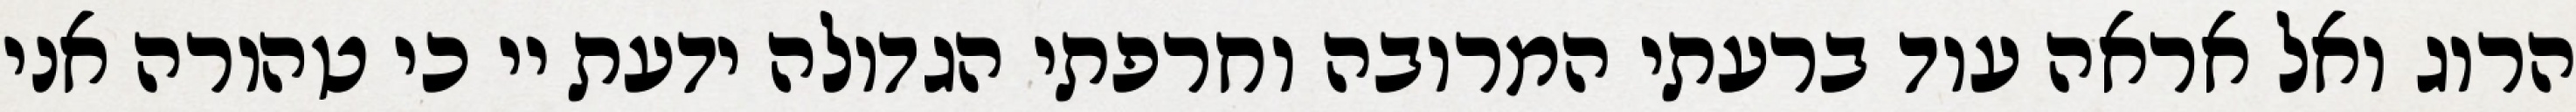
הרוג ואל אראה עוד ברעתי המרובה וחרפתי הגדולה ידעת יי כי טהורה אני